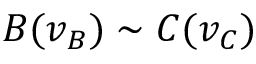
B ( v _ { B } ) \sim C ( v _ { C } )